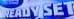
READV SET